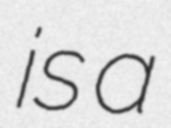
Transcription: is a